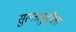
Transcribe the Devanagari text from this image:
सुल्तानुद्दौला